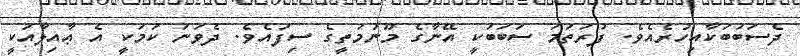
ދެސަބަބަކާއިހުރެއެވެ. ފުރަތަމަ ސަބަބަކީ އޭނާގެ މޫނުމަތީގެ ސިފައެވެ. ދެވަނަ ކަމަކީ އެ ޢާއިލާއަކީ